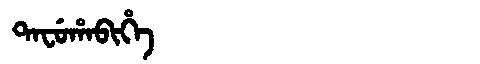
Manchu: ᡨᠠᠸᡠᡥᠠᠪᡳᡥᡝ
Romanization: TAFUHABIHE